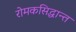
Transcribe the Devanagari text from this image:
रोमकसिद्धान्त